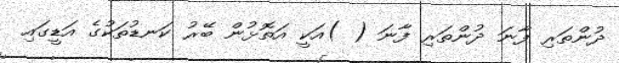
ދުންތަރި ފާނަ ދުންތަރި ފާނަ ( )އަކީ އަތޮޅުން ބޭރު ކަނޑުތަކުގެ އަޑީގައި